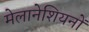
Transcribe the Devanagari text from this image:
मेलानेशियनों